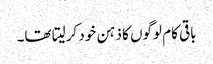
باقی کام لوگوں کا ذہن خود کرلیتا تھا۔